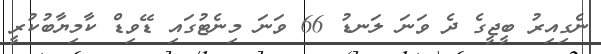
ނެގިއިރު ބީޖީގެ ދެ ވަނަ ލަނޑު 66 ވަނަ މިނެޓުގައި ޑޭވިޑް ކާމިޔާބުކުރީ